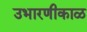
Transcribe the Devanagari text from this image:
उभारणीकाळ